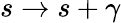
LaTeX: s\to s+\gamma